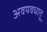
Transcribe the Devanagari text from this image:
अवयवधातु